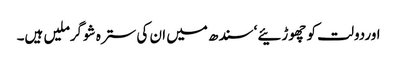
اوردولت کو چھوڑئیے ‘سندھ میں ان کی سترہ شوگرملیں ہیں۔